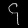
Digit: ၄